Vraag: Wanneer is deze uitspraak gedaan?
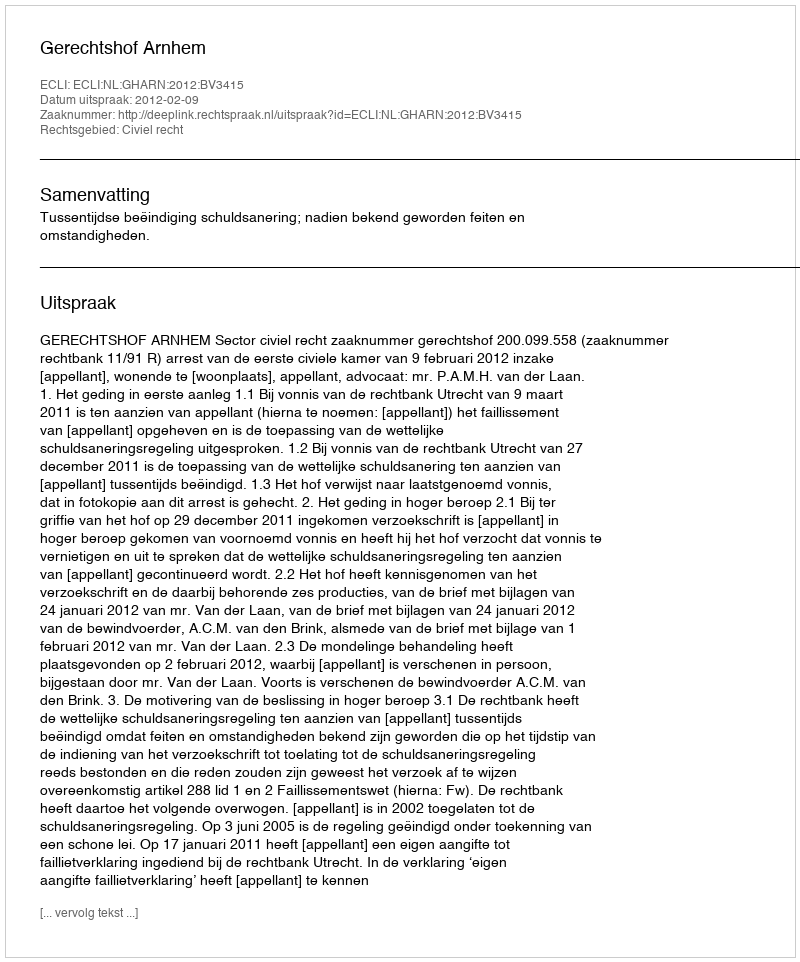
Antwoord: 2012-02-09